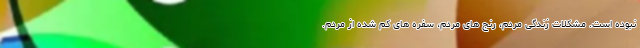
نبوده است. مشکلات زندگی مردم، رنج های مردم، سفره های کم شده از مردم.